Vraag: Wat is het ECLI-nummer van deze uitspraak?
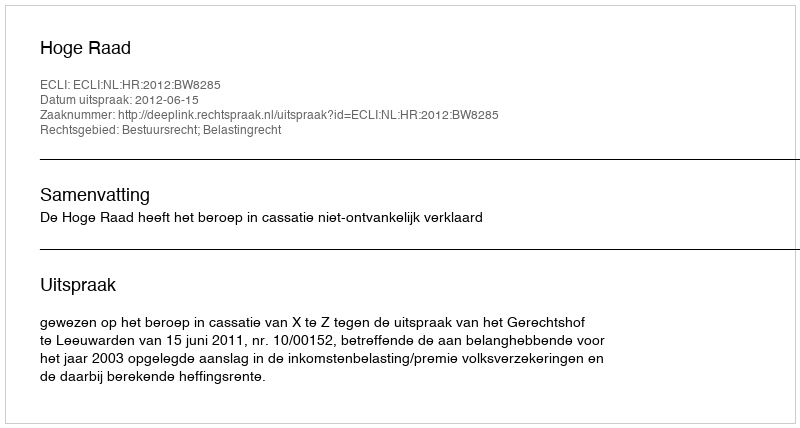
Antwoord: ECLI:NL:HR:2012:BW8285